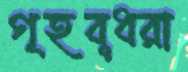
গৃহবূধরা